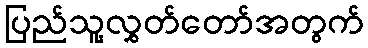
ပြည်သူ့လွှတ်တော်အတွက်